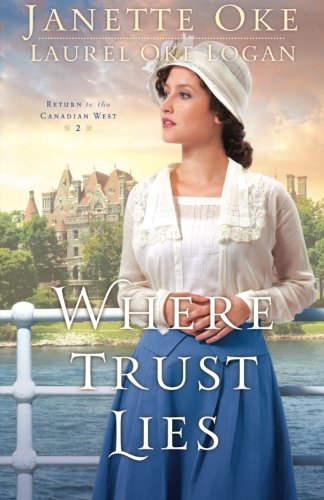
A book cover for Where Trust Lies (Return to the Canadian West); Janette Oke; Christian Books & Bibles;